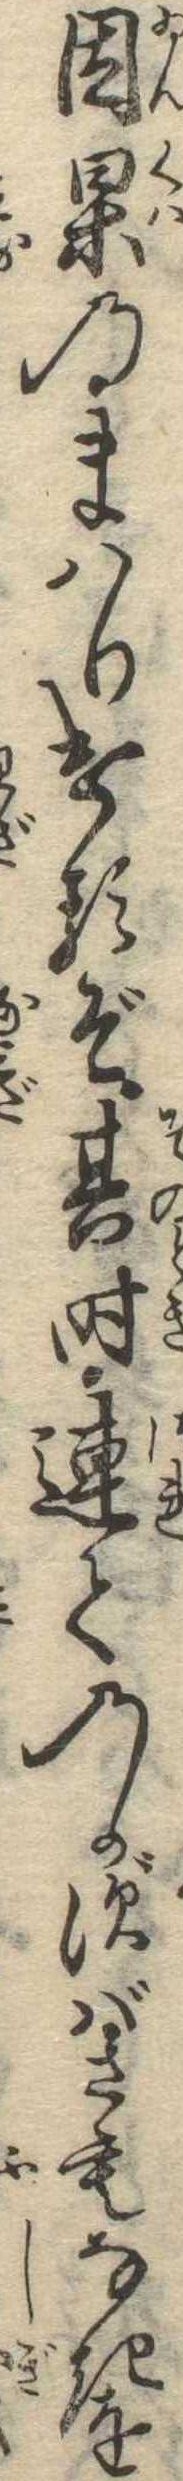
因果のまはりけるぞ其時連てのかずばさもなきを